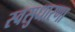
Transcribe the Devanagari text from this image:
स्वसुधारणा